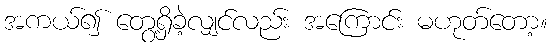
အကယ်၍ တွေ့ရှိခဲ့လျှင်လည်း အကြောင်း မဟုတ်တော့။